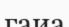
гаиа